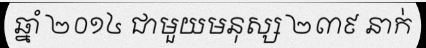
ឆ្នាំ ២០១៤ ជាមួយមនុស្ស ២៣៩ នាក់